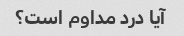
آیا درد مداوم است؟